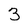
Character: 3